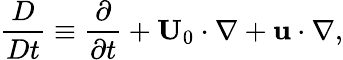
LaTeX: \frac{D}{Dt}\equiv\frac{\partial}{\partial t}+\textbf{U}_{0}\cdot\nabla+\textbf{u}\cdot\nabla,